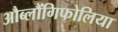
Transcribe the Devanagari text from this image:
औब्लौंगिफोलिया